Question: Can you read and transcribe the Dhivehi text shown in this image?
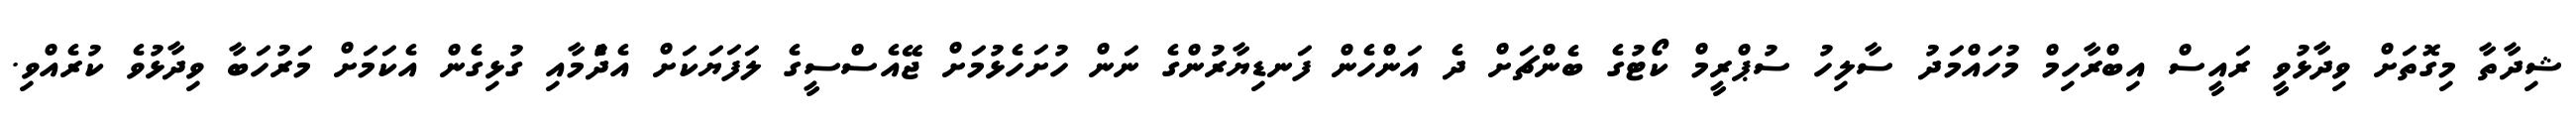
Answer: ޝިދާތާ މިގޮތަށް ވިދާޅުވީ ރައީސް އިބްރާހިމް މުހައްމަދު ސާލިހު ސުޕްރީމް ކޯޓުގެ ބެންޗަށް ދެ އަންހެން ފަނޑިޔާރުންގެ ނަން ހުށަހެޅުމަށް ޖޭއެސްސީގެ ލަފަޔަކަށް އެދެުމާއި ގުޅިގެން އެކަމަށް މަރުހަބާ ވިދާޅުވެ ކުރެއްވި.